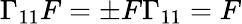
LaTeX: \Gamma_{11}F=\pm F\Gamma_{11}=F